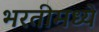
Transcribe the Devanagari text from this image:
भरतीमध्ये